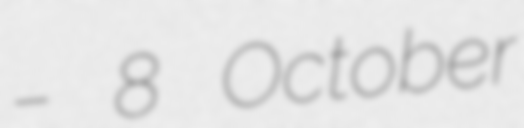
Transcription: – 8 October